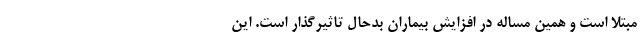
مبتلا است و همین مساله در افزایش بیماران بدحال تاثیرگذار است. این